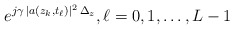
\begin{align*} e^{j \gamma \, |a(z_k,t_\ell)|^2 \, \Delta_z}, \ell=0,1,\ldots,L-1\end{align*}